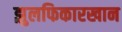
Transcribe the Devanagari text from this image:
झुलफिकारखान